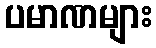
ပမာဏများ